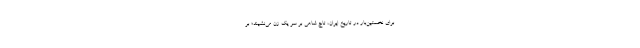
برای نخستین‌بار در تاریخ ایران، تاج شاهی بر سر یک زن می‌نشیند؛ بر